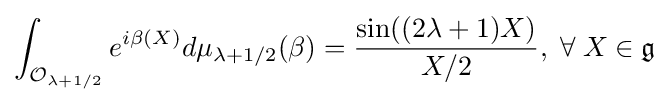
\int _{{\mathcal {O}}_{\lambda +1/2}}e^{i\beta (X)}d\mu _{\lambda +1/2}(\beta )={\frac {\sin((2\lambda +1)X)}{X/2}},\;\forall \;X\in {\mathfrak {g}}